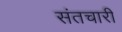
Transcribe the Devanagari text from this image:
संतचारी